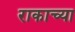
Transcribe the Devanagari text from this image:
राकाच्या